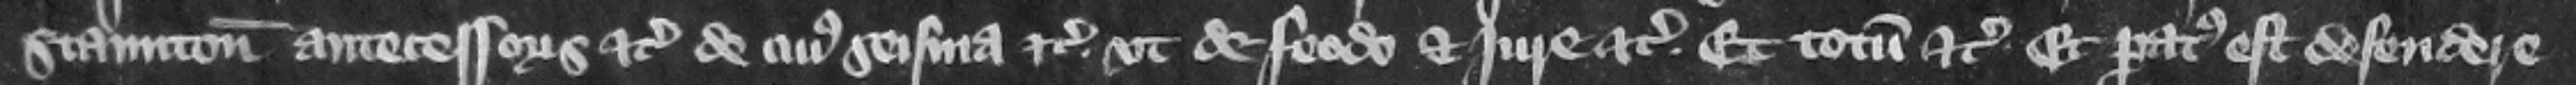
Staunton antecessoris etc. de cuius seisina etc. vt de feodo et jure etc. et totum etc. Et paratus est defendere